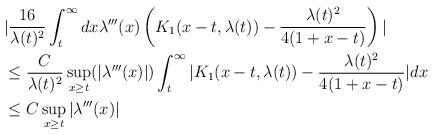
LaTeX: \begin{align*} &|\frac{16}{\lambda(t)^{2}} \int_{t}^{\infty} dx \lambda'''(x) \left(K_{1}(x-t,\lambda(t)) -\frac{\lambda(t)^{2}}{4(1+x-t)}\right)|\\&\leq \frac{C}{\lambda(t)^{2}} \sup_{x \geq t}(|\lambda'''(x)|) \int_{t}^{\infty} |K_{1}(x-t,\lambda(t))-\frac{\lambda(t)^{2}}{4(1+x-t)}| dx\\&\leq C \sup_{x \geq t}|\lambda'''(x)|\end{align*}